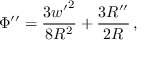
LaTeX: \Phi ^ { \prime \prime } = \frac { 3 { w ^ { \prime } } ^ { 2 } } { 8 R ^ { 2 } } + \frac { 3 R ^ { \prime \prime } } { 2 R } \, ,